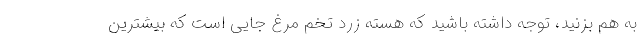
به هم بزنید، توجه داشته باشید که هسته زرد تخم‌ مرغ جایی است که بیشترین